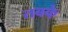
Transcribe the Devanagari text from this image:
तबके़